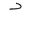
Letter: _dal